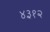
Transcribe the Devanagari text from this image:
४३१२